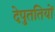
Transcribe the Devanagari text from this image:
देपुततियों